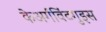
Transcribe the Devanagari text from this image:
केअर्गविंटगुइस